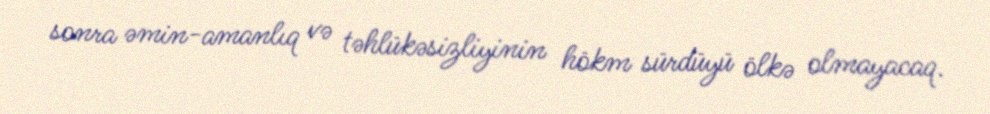
sonra əmin-amanlıq və təhlükəsizliyinin hökm sürdüyü ölkə olmayacaq.